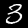
Label: 3